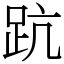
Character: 䟘